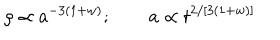
\rho \propto a ^ { - 3 ( 1 + w ) } ; \qquad a \propto t ^ { 2 / [ 3 ( 1 + w ) ] }